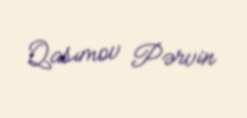
Qasımov Pərvin